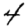
Digit: 4